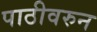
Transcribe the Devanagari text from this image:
पाठीवरुन